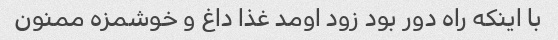
با اینکه راه دور بود زود اومد غذا داغ و خوشمزه ممنون